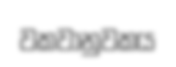
වකවානුවකය